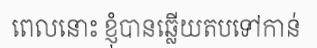
ពេលនោះ ខ្ញុំបានឆ្លើយតបទៅកាន់